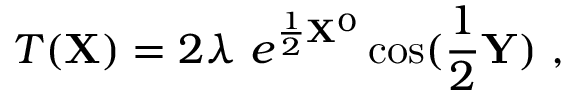
T ( { \bf X } ) = 2 \lambda ~ e ^ { { \frac { 1 } { 2 } } { \bf X } ^ { 0 } } \cos ( { \frac { 1 } { 2 } } { \bf Y } ) ~ ,